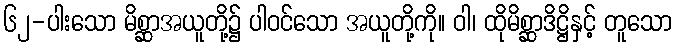
၆၂-ပါးသော မိစ္ဆာအယူတို့၌ ပါဝင်သော အယူတို့ကို။ ဝါ၊ ထိုမိစ္ဆာဒိဋ္ဌိနှင့် တူသော